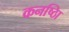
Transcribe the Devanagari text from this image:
कनष्ठाि